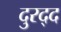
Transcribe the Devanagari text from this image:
दुरद्द